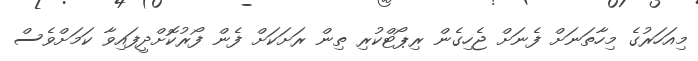
މިއަހަރުގެ މިހާތަނަށް ފެނަށް ޖެހިގެން ރިޕޯޓްކުރި ތިން ރަށަކަށް ފެން ފޯރުކޮށްދީފައިވާ ކަމަށްވެސް